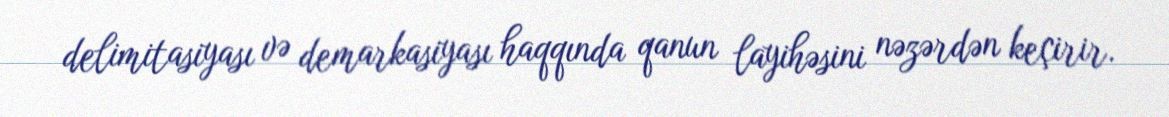
delimitasiyası və demarkasiyası haqqında qanun layihəsini nəzərdən keçirir.